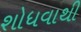
શોધવાથી